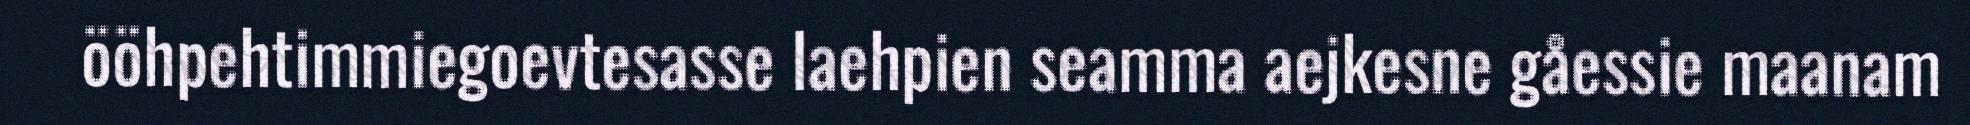
ööhpehtimmiegoevtesasse laehpien seamma aejkesne gåessie maanam